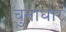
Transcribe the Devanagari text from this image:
चुनाधार